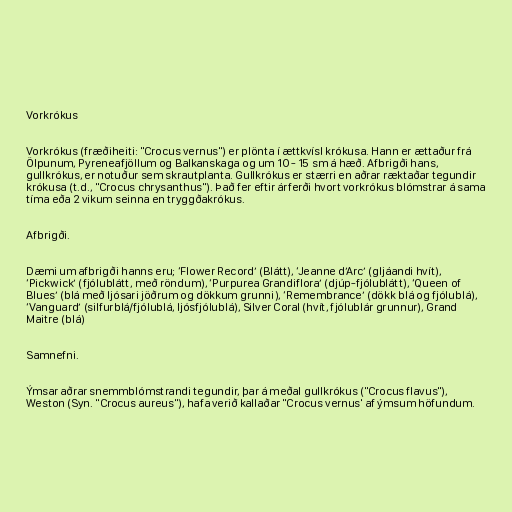
Vorkrókus

Vorkrókus (fræðiheiti: "Crocus vernus") er plönta í ættkvísl krókusa. Hann er ættaður frá
Ölpunum, Pyreneafjöllum og Balkanskaga og um 10 - 15 sm á hæð. Afbrigði hans,
gullkrókus, er notuður sem skrautplanta. Gullkrókus er stærri en aðrar ræktaðar tegundir
krókusa (t.d., "Crocus chrysanthus"). Það fer eftir árferði hvort vorkrókus blómstrar á sama
tíma eða 2 vikum seinna en tryggðakrókus.

Afbrigði.

Dæmi um afbrigði hanns eru; ‘Flower Record’ (Blátt), ‘Jeanne d’Arc’ (gljáandi hvít),
‘Pickwick’ (fjólublátt, með röndum), ‘Purpurea Grandiflora’ (djúp-fjólublátt), ‘Queen of
Blues’ (blá með ljósari jöðrum og dökkum grunni), ‘Remembrance’ (dökk blá og fjólublá),
‘Vanguard’ (silfurblá/fjólublá, ljósfjólublá), Silver Coral (hvít, fjólublár grunnur), Grand
Maitre (blá)

Samnefni.

Ýmsar aðrar snemmblómstrandi tegundir, þar á meðal gullkrókus ("Crocus flavus"),
Weston (Syn. "Crocus aureus"), hafa verið kallaðar "Crocus vernus' af ýmsum höfundum.